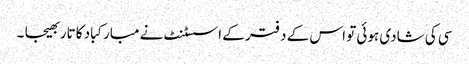
سی کی شادی ہوئی تو اس کے دفتر کے اسسٹنٹ نے مبارکباد کا تار بھیجا ۔